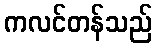
ကလင်တန်သည်